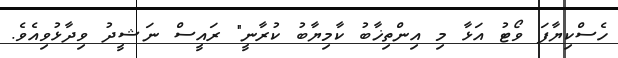
ހެސްކިޔާފަ ވޯޓު އަޅާ މި އިންތިޚާބު ކާމިޔާބު ކުރާނީ" ރައީސް ނަޝީދު ވިދާޅުވިއެވެ.